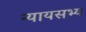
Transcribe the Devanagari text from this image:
न्यायसभ्य